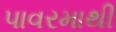
પાવરમાથી